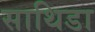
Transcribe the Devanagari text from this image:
साथिडा